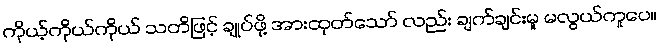
ကိုယ့်ကိုယ်ကိုယ် သတိဖြင့် ချုပ်ဖို့ အားထုတ်သော် လည်း ချက်ချင်းမူ မလွယ်ကူပေ။